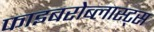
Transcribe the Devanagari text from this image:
फाइबरोब्लास्ट्स